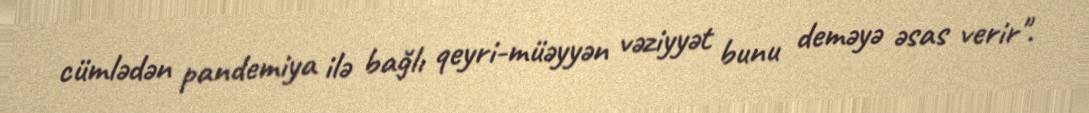
cümlədən pandemiya ilə bağlı qeyri-müəyyən vəziyyət bunu deməyə əsas verir".